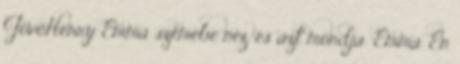
JövőHenry Emma szemébe néz, és azt mondja “Emma. Én